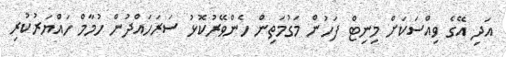
އަދި އޭގެ ވިއްސަކަށް މިނިޓް ފަހުން މަގުމަތިން ހެންވޭރުކޮޅު ސަރަހައްދުން ހުމާމް ހައްޔަރުކުރި